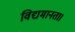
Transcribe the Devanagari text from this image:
विद्यमानता।